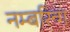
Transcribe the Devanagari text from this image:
नम्बरिन्ग